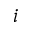
i